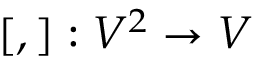
[ , ] : V ^ { 2 } \to V